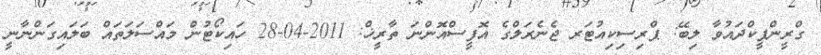
ގްރީންޕީކްދައުވާ ލިބޭ: ޕްރިސިކިއުޓަރ ޖެނެރަލްގެ އޮފީސްއޮންނަ ތާރީޚް: 2011-04-28 ހައިކޯޓުން މައްސަލަތައް ބަލައިގަންނާނީ